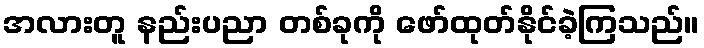
အလားတူ နည်းပညာ တစ်ခုကို ဖော်ထုတ်နိုင်ခဲ့ကြသည်။